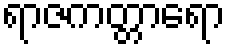
ရာဇကတ္တာရော